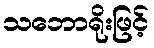
သဘောရိုးဖြင့်